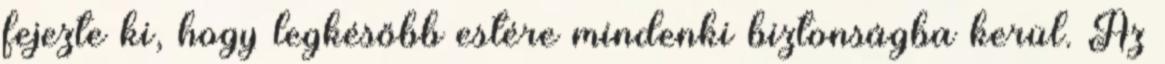
fejezte ki, hogy legkésőbb estére mindenki biztonságba kerül. Az